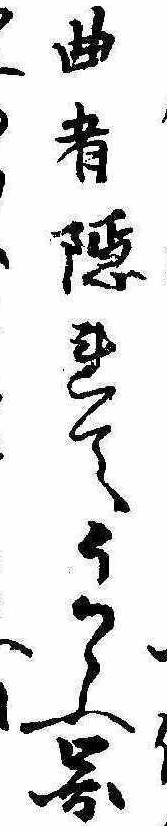
曲者隠れてうかゞふ図